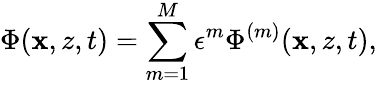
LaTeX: \Phi(\mathbf{x},z,t)=\sum_{m=1}^{M}\epsilon^{m}\Phi^{(m)}(\mathbf{x},z,t),